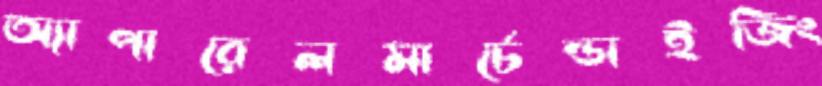
অ্যাপারেলমার্চেন্ডাইজিং